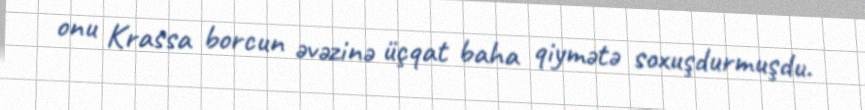
onu Krassa borcun əvəzinə üçqat baha qiymətə soxuşdurmuşdu.